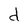
Character: d